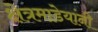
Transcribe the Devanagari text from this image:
क्षेत्रमाडेयांनी